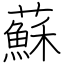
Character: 蘇